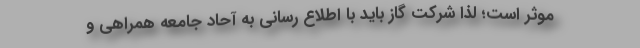
موثر است؛ لذا شرکت گاز باید با اطلاع رسانی به آحاد جامعه همراهی و